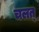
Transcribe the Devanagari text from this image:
चलत्